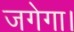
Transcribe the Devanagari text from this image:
जगेगा।